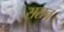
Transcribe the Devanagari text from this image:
ससन